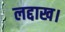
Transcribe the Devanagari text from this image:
लद्दाख।